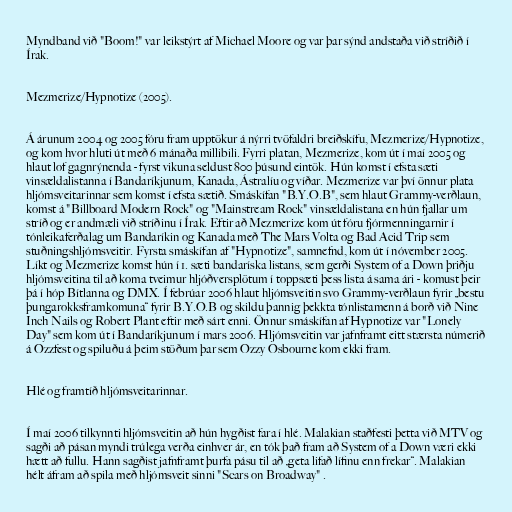
Myndband við "Boom!" var leikstýrt af Michael Moore og var þar sýnd andstaða við stríðið í
Írak.

Mezmerize/Hypnotize (2005).

Á árunum 2004 og 2005 fóru fram upptökur á nýrri tvöfaldri breiðskífu, Mezmerize/Hypnotize,
og kom hvor hluti út með 6 mánaða millibili. Fyrri platan, Mezmerize, kom út í maí 2005 og
hlaut lof gagnrýnenda - fyrst vikuna seldust 800 þúsund eintök. Hún komst í efsta sæti
vinsældalistanna í Bandaríkjunum, Kanada, Ástralíu og víðar. Mezmerize var því önnur plata
hljómsveitarinnar sem komst í efsta sætið. Smáskífan "B.Y.O.B", sem hlaut Grammy-verðlaun,
komst á "Billboard Modern Rock" og "Mainstream Rock" vinsældalistana en hún fjallar um
stríð og er andmæli við stríðinu í Írak. Eftir að Mezmerize kom út fóru fjórmenningarnir í
tónleikaferðalag um Bandaríkin og Kanada með The Mars Volta og Bad Acid Trip sem
stuðningshljómsveitir. Fyrsta smáskífan af "Hypnotize", samnefnd, kom út í nóvember 2005.
Líkt og Mezmerize komst hún í 1. sæti bandaríska listans, sem gerði System of a Down þriðju
hljómsveitina til að koma tveimur hljóðversplötum í toppsæti þess lista á sama ári - komust þeir
þá í hóp Bítlanna og DMX. Í febrúar 2006 hlaut hljómsveitin svo Grammy-verðlaun fyrir „bestu
þungarokksframkomuna“ fyrir B.Y.O.B og skildu þannig þekkta tónlistamenn á borð við Nine
Inch Nails og Robert Plant eftir með sárt enni. Önnur smáskífan af Hypnotize var "Lonely
Day" sem kom út í Bandaríkjunum í mars 2006. Hljómsveitin var jafnframt eitt stærsta númerið
á Ozzfest og spiluðu á þeim stöðum þar sem Ozzy Osbourne kom ekki fram.

Hlé og framtíð hljómsveitarinnar.

Í maí 2006 tilkynnti hljómsveitin að hún hygðist fara í hlé. Malakian staðfesti þetta við MTV og
sagði að pásan myndi trúlega verða einhver ár, en tók það fram að System of a Down væri ekki
hætt að fullu. Hann sagðist jafnframt þurfa pásu til að „geta lifað lífinu enn frekar“. Malakian
hélt áfram að spila með hljómsveit sinni "Scars on Broadway" .